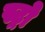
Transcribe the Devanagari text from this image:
स्ट्रो